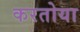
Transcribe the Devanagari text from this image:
करतोया